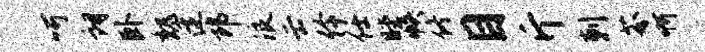
呵朗卧魏逄郎浪云伶任瞠帙佟目斤剌芬啊